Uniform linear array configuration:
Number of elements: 8
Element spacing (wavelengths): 1
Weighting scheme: blackman
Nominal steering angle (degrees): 15
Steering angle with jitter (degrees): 14.66
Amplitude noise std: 0.05
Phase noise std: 0.05

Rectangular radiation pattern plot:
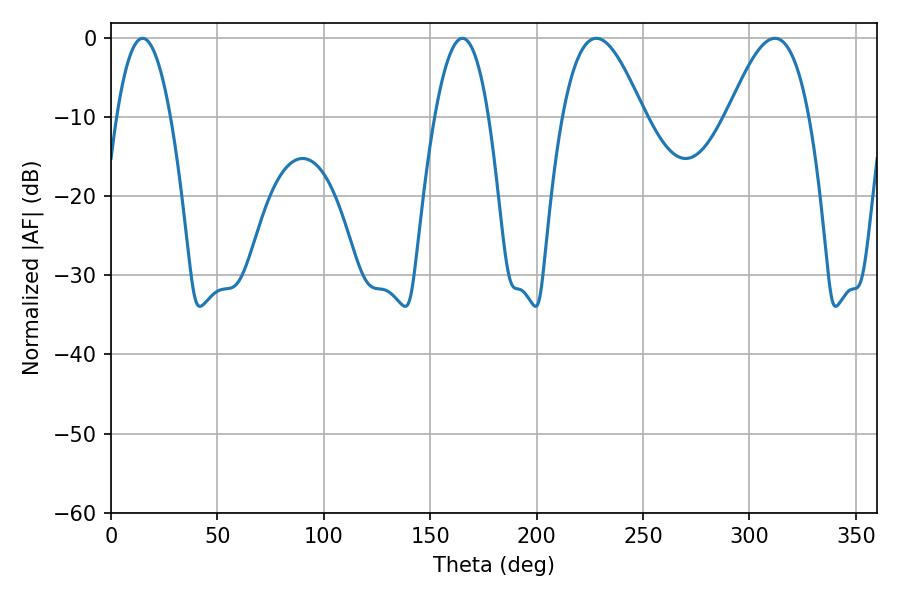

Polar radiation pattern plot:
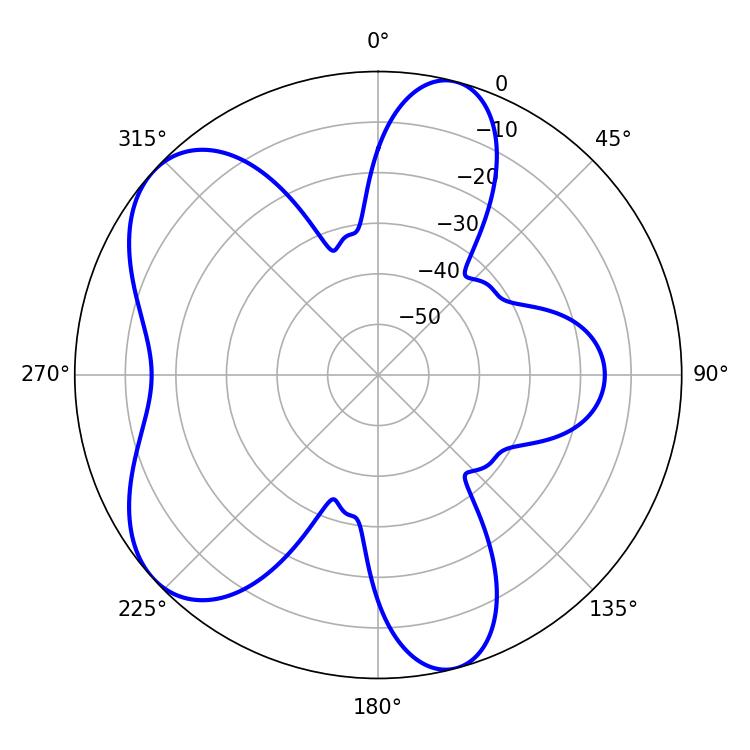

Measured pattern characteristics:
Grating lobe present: TRUE
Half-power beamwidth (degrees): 20.7
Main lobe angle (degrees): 311.94